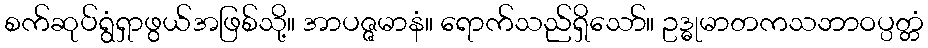
စက်ဆုပ်ရွံရှာဖွယ်အဖြစ်သို့။ အာပဇ္ဇမာနံ။ ရောက်သည်ရှိသော်။ ဥဒ္ဓုမာတကသဘာဝပ္ပတ္တံ